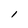
Character: l